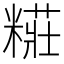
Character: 糚